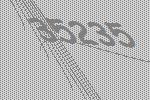
35235